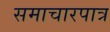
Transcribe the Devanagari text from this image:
समाचारपात्र